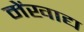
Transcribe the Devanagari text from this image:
मेंखाद्य